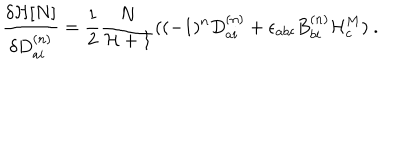
\frac { { \delta } { \cal H } [ N ] } { { \delta } D _ { a i } ^ { ( n ) } } = \frac { 1 } { 2 } \frac { N } { { \cal H } + 1 } ( ( - 1 ) ^ { n } D _ { a i } ^ { ( n ) } + { \epsilon } _ { a b c } B _ { b i } ^ { ( n ) } { \cal H } _ { c } ^ { M } ) \ .